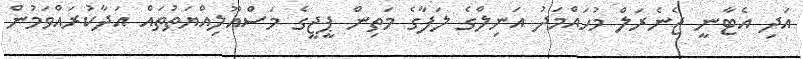
އަދި އެޓާނީ ޖެނެރަލް މުހައްމަދު އަނިލްގެ ލަފާގެ މަތިން ޕީޖީގެ މަސްއޫލިއްޔަތުތައް އަދާކުރައްވަމުން